Destruction of fleas by exposure to the sun - Number 40
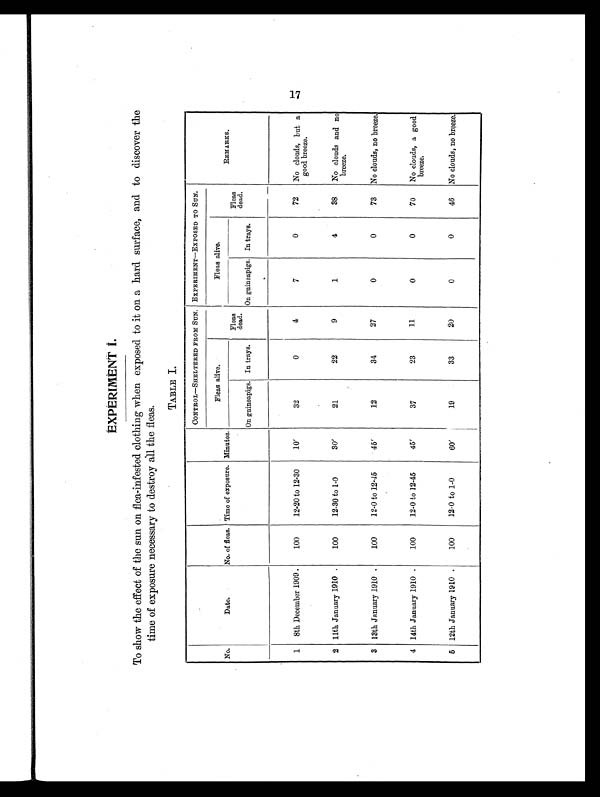
EXPERIMENT I.
To show the effect of the sun on flea-infested clothing when exposed to it on a hard surface, and to discover the
time of exposure necessary to destroy all the fleas.
TABLE I.
No.
Date.
No. of fleas. Time of exposure. Minutes.
CONTROL—SHELTERED FROM SUN. EXPERIMENT—EXPOSED TO SUN.
REMARKS.
Fleas alive.
Fleas
dead.
Fleas alive.
Fleas
dead.
On guineapigs. In trays.
On guineapigs. In trays.
1
8th December 1909 .
100
12-20 to 12.30
10'
32
0
4
7
0
72
No clouds, but a
good breeze.
2 11th January 1910 .
100
12-30 to 1-0
30'
21
22
9
1
4
38
No clouds and no
breeze.
3 13th January 1910 .
100
12-0 to 12-45
45'
12
34
27
0
0
73
No clouds, no breeze.
4 14th January 1910 .
100
12-0 to 12-45
45'
37
23
11
0
0
70
No clouds, a good
breeze.
5 12th January 1910 .
100
12-0 to 1-0
60'
19
33
20
0
0
46
No clouds, no breeze.